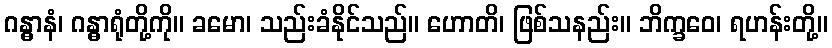
ဂန္ဓာနံ၊ ဂန္ဓာရုံတို့ကို။ ခမော၊ သည်းခံနိုင်သည်။ ဟောတိ၊ ဖြစ်သနည်း။ ဘိက္ခဝေ၊ ရဟန်းတို့။